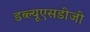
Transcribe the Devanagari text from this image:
डब्ल्यूएसडीजी